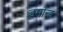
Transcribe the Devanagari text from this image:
ड्रमॉन्ड